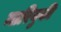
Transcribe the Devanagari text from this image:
मारियुकी